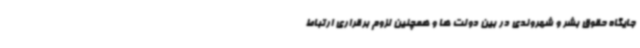
جایگاه حقوق بشر و شهروندی در بین دولت ها و همچنین لزوم برقراری ارتباط